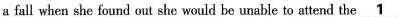
a fall when she found out she would be unable to attend the \underline{ 1 }